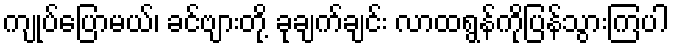
ကျုပ်ပြောမယ်၊ ခင်ဗျားတို့ ခုချက်ချင်း လာထရွန်ကိုပြန်သွားကြပါ